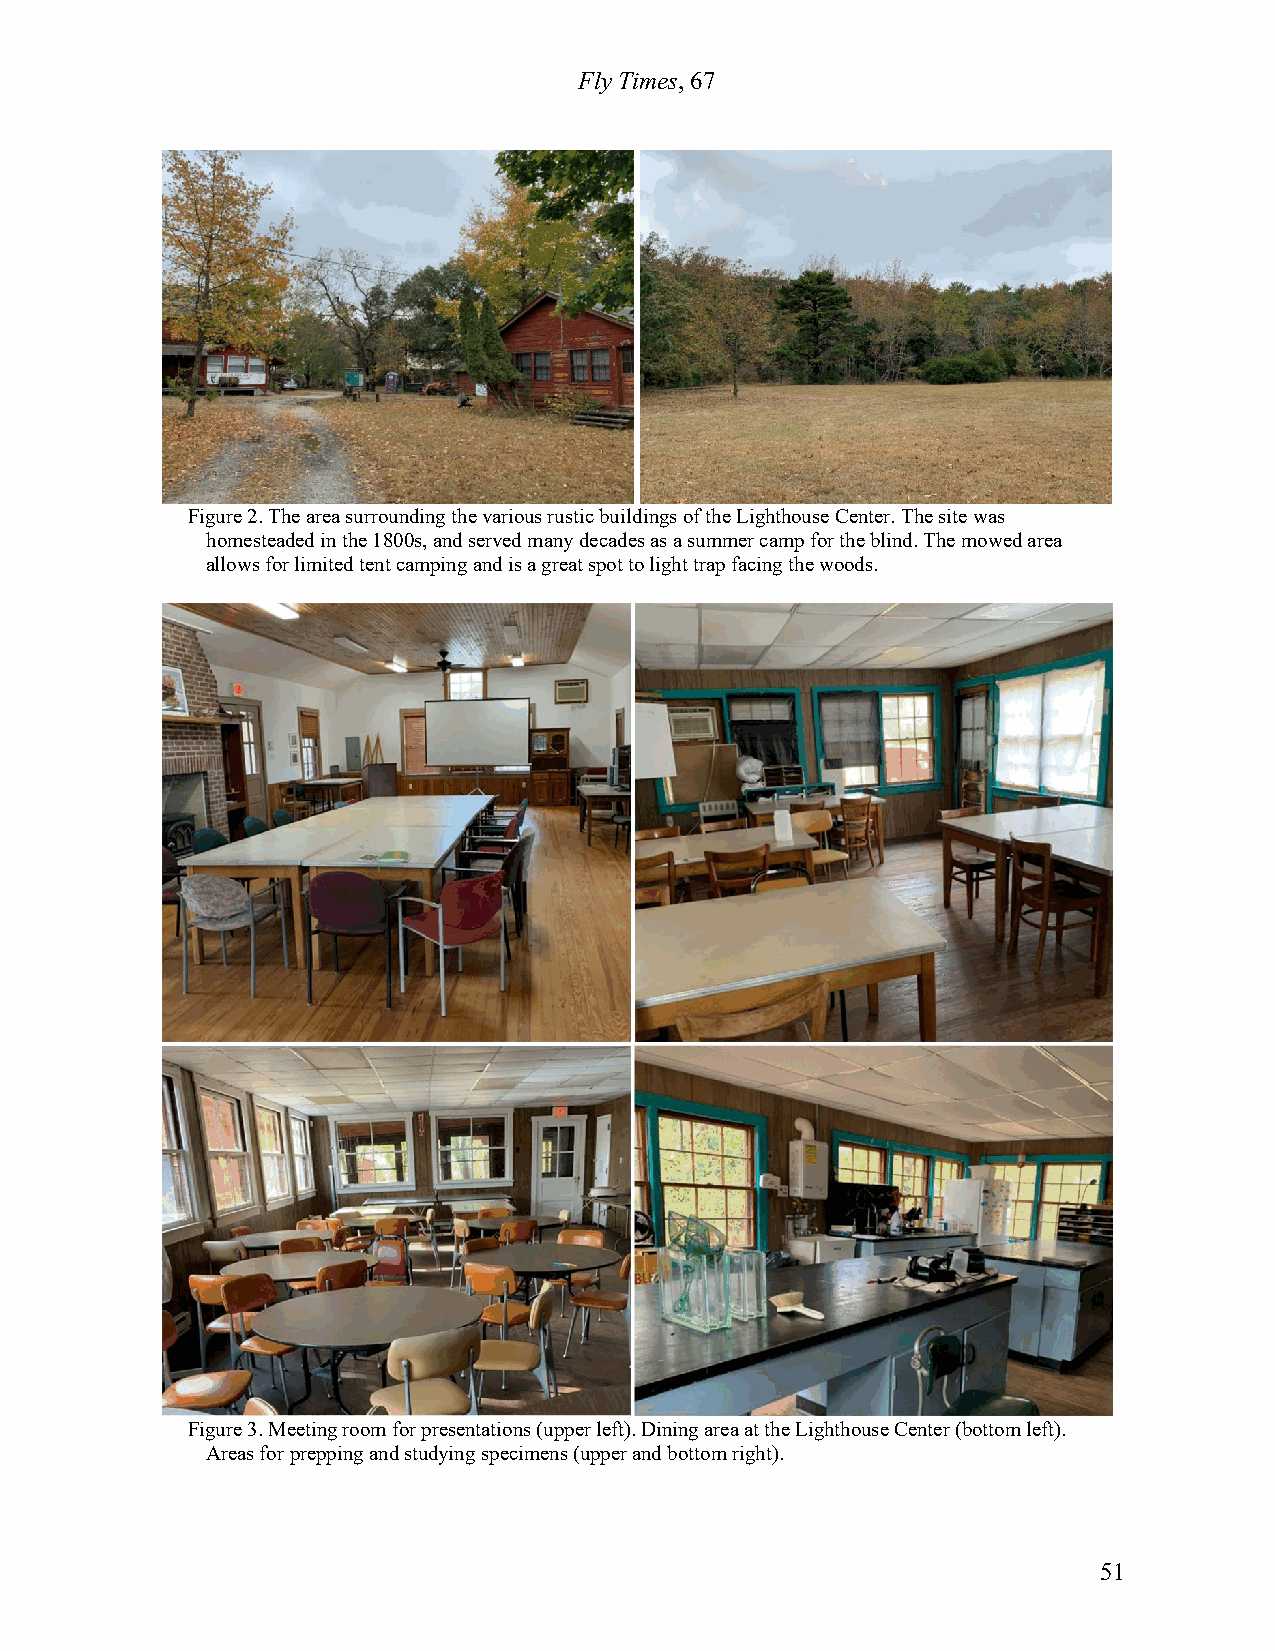
Fly Times, 67
 Figure 2. The area surrounding the various rustic buildings of the Lighthouse Center. The site was
 homesteaded in the 1800s, and served many decades as a summer camp for the blind. The mowed area
 allows for limited tent camping and is a great spot to light trap facing the woods.
 Figure 3. Meeting room for presentations (upper left). Dining area at the Lighthouse Center (bottom left).
 Areas for prepping and studying specimens (upper and bottom right).
 51